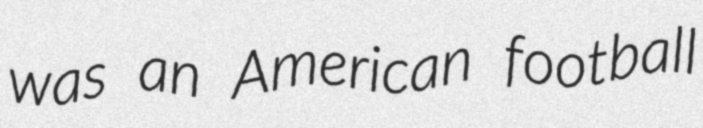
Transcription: was an American football